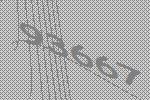
93667